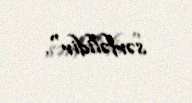
sərfəlidir".